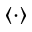
\langle \cdot \rangle